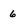
Character: 6